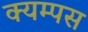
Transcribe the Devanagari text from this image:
क्यम्पस